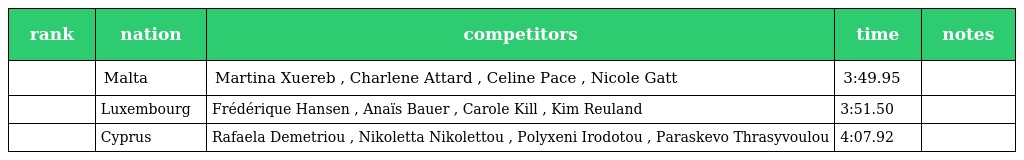
| rank | nation | competitors | time | notes |
 | --- | --- | --- | --- | --- |
 |  | Malta | Martina Xuereb , Charlene Attard , Celine Pace , Nicole Gatt | 3:49.95 |  |
 |  | Luxembourg | Frédérique Hansen , Anaïs Bauer , Carole Kill , Kim Reuland | 3:51.50 |  |
 |  | Cyprus | Rafaela Demetriou , Nikoletta Nikolettou , Polyxeni Irodotou , Paraskevo Thrasyvoulou | 4:07.92 |  |